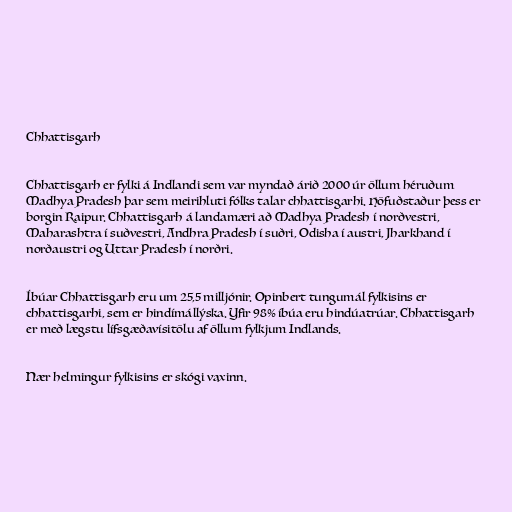
Chhattisgarh

Chhattisgarh er fylki á Indlandi sem var myndað árið 2000 úr öllum héruðum
Madhya Pradesh þar sem meirihluti fólks talar chhattisgarhi. Höfuðstaður þess er
borgin Raipur. Chhattisgarh á landamæri að Madhya Pradesh í norðvestri,
Maharashtra í suðvestri, Andhra Pradesh í suðri, Odisha í austri, Jharkhand í
norðaustri og Uttar Pradesh í norðri.

Íbúar Chhattisgarh eru um 25,5 milljónir. Opinbert tungumál fylkisins er
chhattisgarhi, sem er hindímállýska. Yfir 98% íbúa eru hindúatrúar. Chhattisgarh
er með lægstu lífsgæðavísitölu af öllum fylkjum Indlands.

Nær helmingur fylkisins er skógi vaxinn.